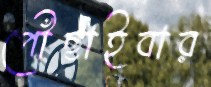
পৌঁছাইবার